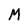
Character: M